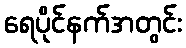
ရေပိုင်နက်အတွင်း